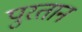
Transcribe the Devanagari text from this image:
पुरतान